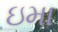
ઇમા